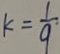
k = \frac { 1 } { 9 }